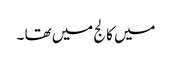
میں کالج میں تھا ۔